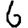
Digit: 6